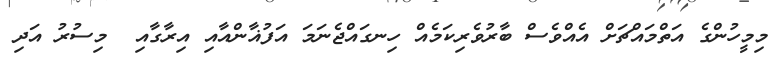
މިމީހުންގެ އަތްމައްޗަށް އެއްވެސް ބާރުވެރިކަމެއް ހިނގައްޖެނަމަ އަފުޣާންއާއި އިރާގާއި  މިސުރު އަދި